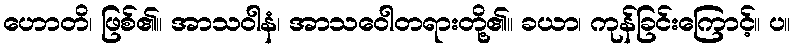
ဟောတိ၊ ဖြစ်၏။ အာသဝါနံ၊ အာသဝေါတရားတို့၏။ ခယာ၊ ကုန်ခြင်းကြောင့်။ ပ။